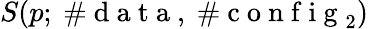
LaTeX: S(p;\mathrm{~\# ~d~a~t~a~},\mathrm{~\# ~c~o~n~f~i~g~}_{2})